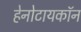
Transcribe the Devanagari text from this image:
हेनोटायकॉन